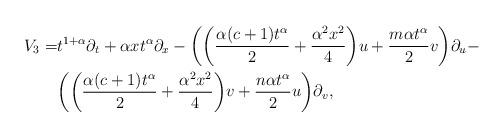
LaTeX: \begin{align*}V_3=&t^{1+\alpha}\partial_t+\alpha xt^\alpha\partial_x-\bigg(\bigg(\frac{\alpha(c+1)t^\alpha}{2}+\frac{\alpha^2x^2}{4}\bigg)u+\frac{m\alpha t^\alpha}{2}v\bigg)\partial_u-\\&\bigg(\bigg(\frac{\alpha(c+1)t^\alpha}{2}+\frac{\alpha^2x^2}{4}\bigg)v+\frac{n\alpha t^\alpha}{2}u\bigg)\partial_v,\end{align*}